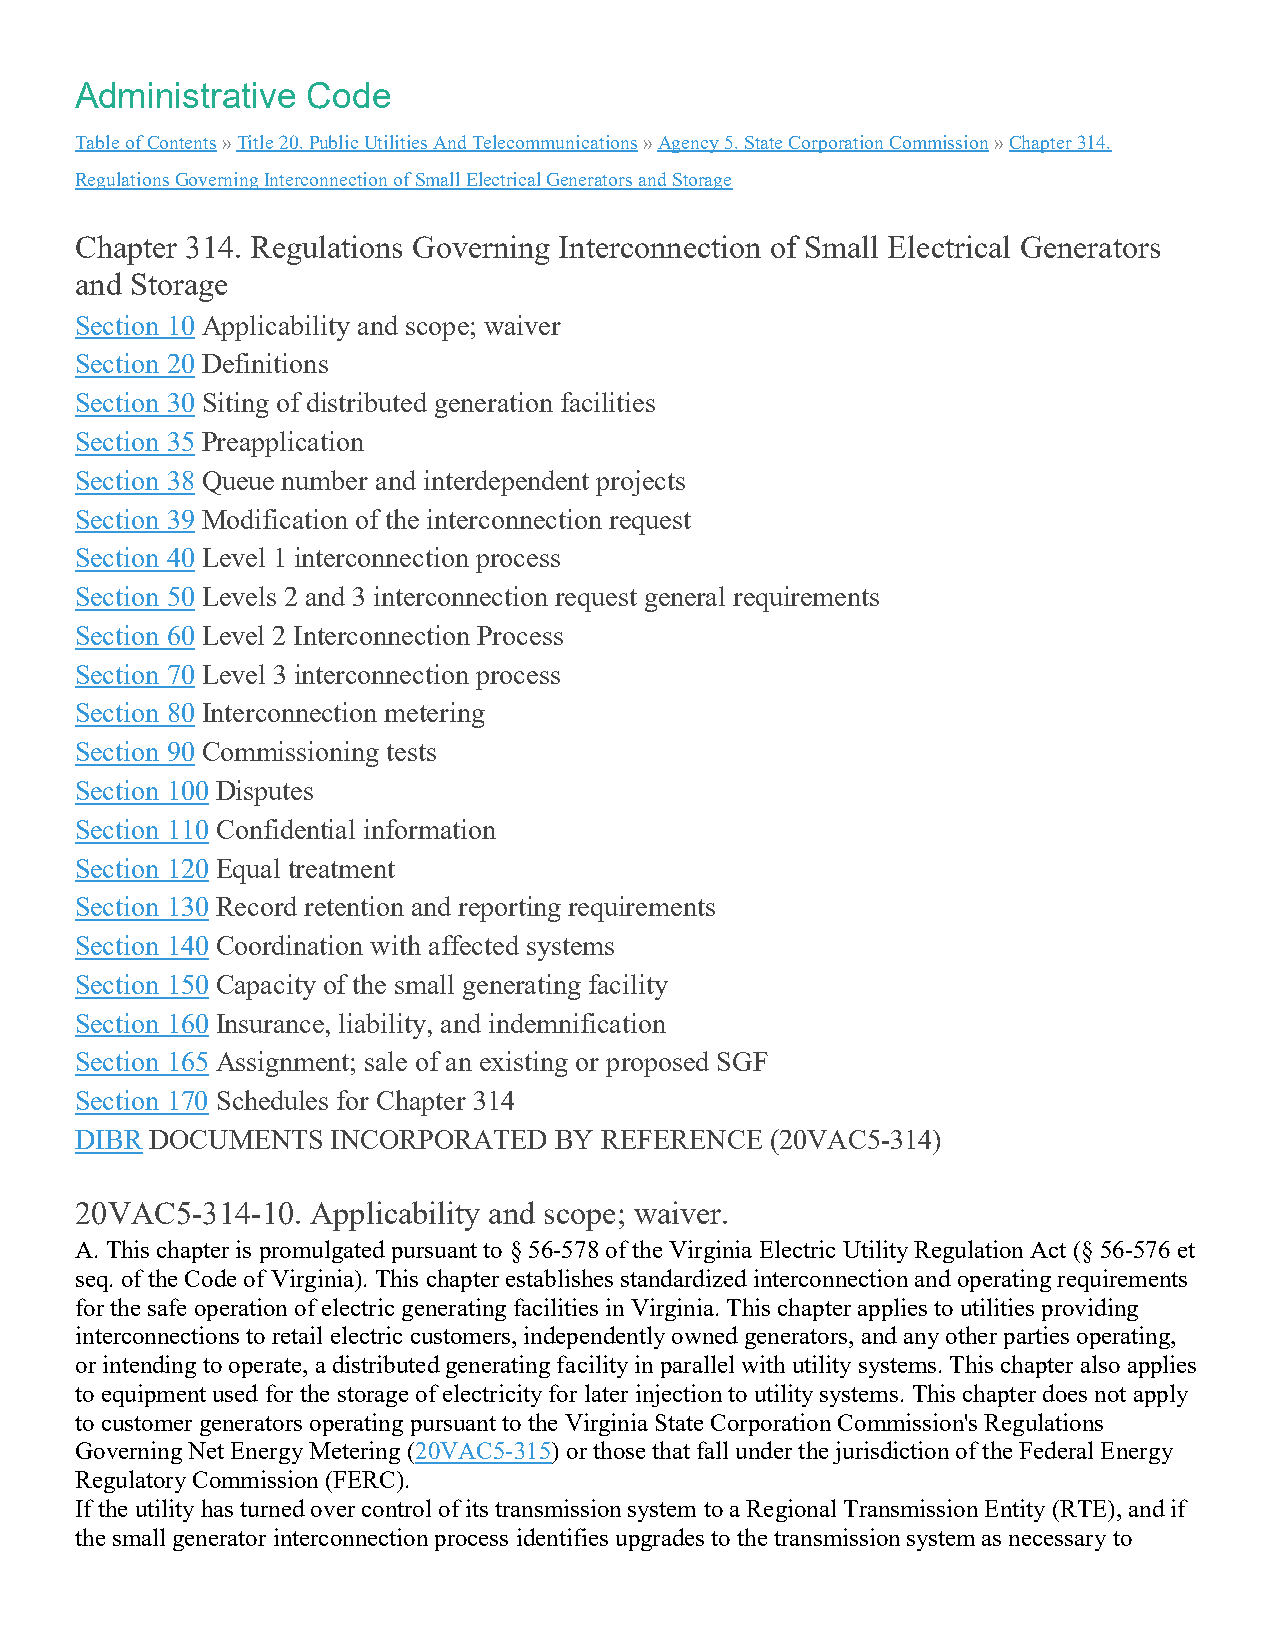
Administrative Code
 Table of Contents » Title 20. Public Utilities And Telecommunications » Agency 5. State Corporation Commission » Chapter 314.
 Regulations Governing Interconnection of Small Electrical Generators and Storage
 Chapter 314. Regulations Governing Interconnection of Small Electrical Generators
 and Storage
 Section 10 Applicability and scope; waiver
 Section 20 Definitions
 Section 30 Siting of distributed generation facilities
 Section 35 Preapplication
 Section 38 Queue number and interdependent projects
 Section 39 Modification of the interconnection request
 Section 40 Level 1 interconnection process
 Section 50 Levels 2 and 3 interconnection request general requirements
 Section 60 Level 2 Interconnection Process
 Section 70 Level 3 interconnection process
 Section 80 Interconnection metering
 Section 90 Commissioning tests
 Section 100 Disputes
 Section 110 Confidential information
 Section 120 Equal treatment
 Section 130 Record retention and reporting requirements
 Section 140 Coordination with affected systems
 Section 150 Capacity of the small generating facility
 Section 160 Insurance, liability, and indemnification
 Section 165 Assignment; sale of an existing or proposed SGF
 Section 170 Schedules for Chapter 314
 DIBR DOCUMENTS   INCORPORATED   BY REFERENCE  (20VAC5-314)
 20VAC5-314-10.  Applicability and scope; waiver.
 A. This chapter is promulgated pursuant to § 56-578 of the Virginia Electric Utility Regulation Act (§ 56-576 et
 seq. of the Code of Virginia). This chapter establishes standardized interconnection and operating requirements
 for the safe operation of electric generating facilities in Virginia. This chapter applies to utilities providing
 interconnections to retail electric customers, independently owned generators, and any other parties operating,
 or intending to operate, a distributed generating facility in parallel with utility systems. This chapter also applies
 to equipment used for the storage of electricity for later injection to utility systems. This chapter does not apply
 to customer generators operating pursuant to the Virginia State Corporation Commission's Regulations
 Governing Net Energy Metering (20VAC5-315) or those that fall under the jurisdiction of the Federal Energy
 Regulatory Commission (FERC).
 If the utility has turned over control of its transmission system to a Regional Transmission Entity (RTE), and if
 the small generator interconnection process identifies upgrades to the transmission system as necessary to